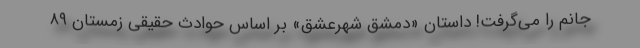
جانم را می‌گرفت! داستان «دمشق شهرعشق» بر اساس حوادث حقیقی زمستان ۸۹